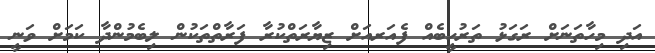
އަދި މިހާތަނަށް ރަގަޅު ތަރުހީބެއް ފެއަރއަށް ޒިޔާރަތްކުރާ ފަރާތްތަކުން ލިބެމުންދާ ކަމަށް ވަނީ